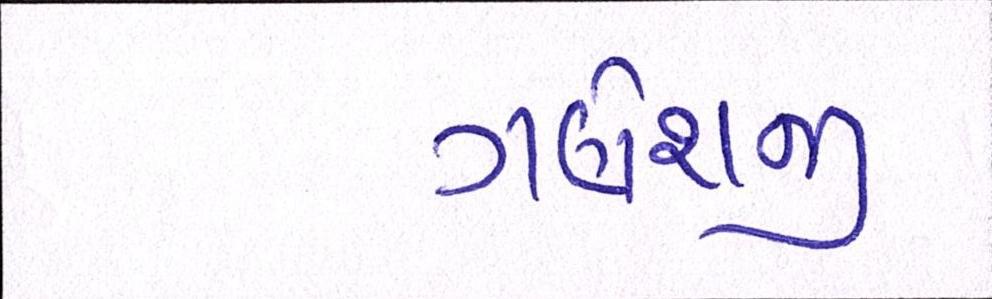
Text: ગણેશજી